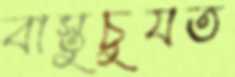
বাস্তুচুযত